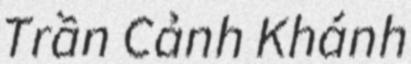
Trần Cảnh Khánh